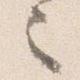
之